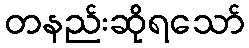
တနည်းဆိုရသော်